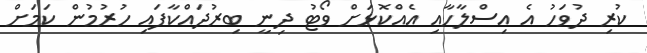
ކުރި ދުވަހު އެ އިސްލާހާއި އެއްކޮޅަށް ވޯޓު ދިނީ ބިރުދައްކާފައި ހުރުމުން ކަމަށް